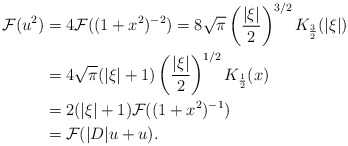
\begin{align*} \mathcal{F}(u^2)&=4\mathcal{F}((1+x^2)^{-2})= 8\sqrt{\pi}\left(\frac{|\xi|}{2}\right)^{3/2}K_{\frac{3}{2}}(|\xi|) \\&=4\sqrt{\pi}(|\xi|+1)\left(\frac{|\xi|}{2}\right)^{1/2}K_{\frac{1}{2}}(x) \\ &= 2(|\xi|+1) \mathcal{F}((1+x^2)^{-1}) \\ &= \mathcal{F}(|D|u+u).\end{align*}